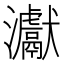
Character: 𤅊